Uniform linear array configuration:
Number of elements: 48
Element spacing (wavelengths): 0.5
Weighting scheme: exponential
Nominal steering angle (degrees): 15
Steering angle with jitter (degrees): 16.786
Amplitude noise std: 0.05
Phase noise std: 0.05

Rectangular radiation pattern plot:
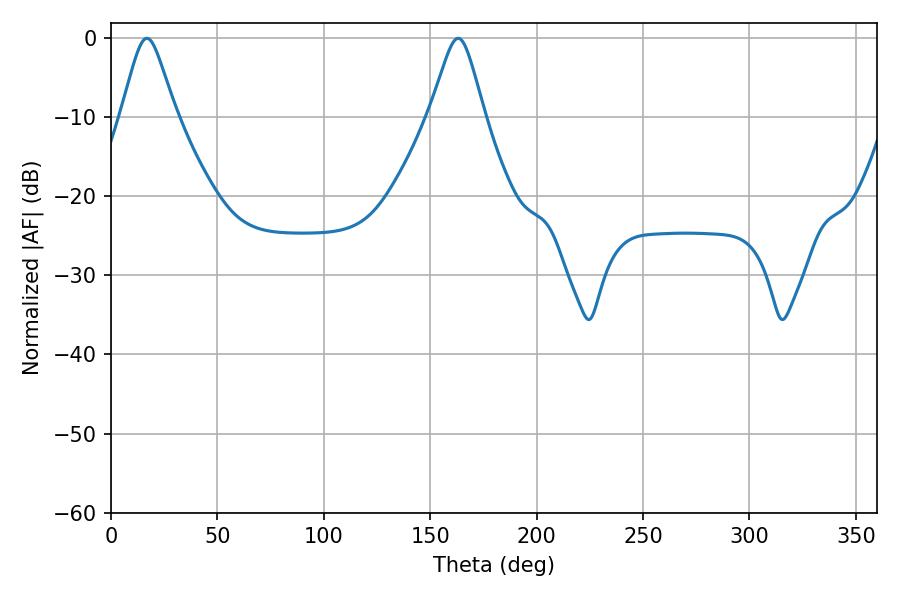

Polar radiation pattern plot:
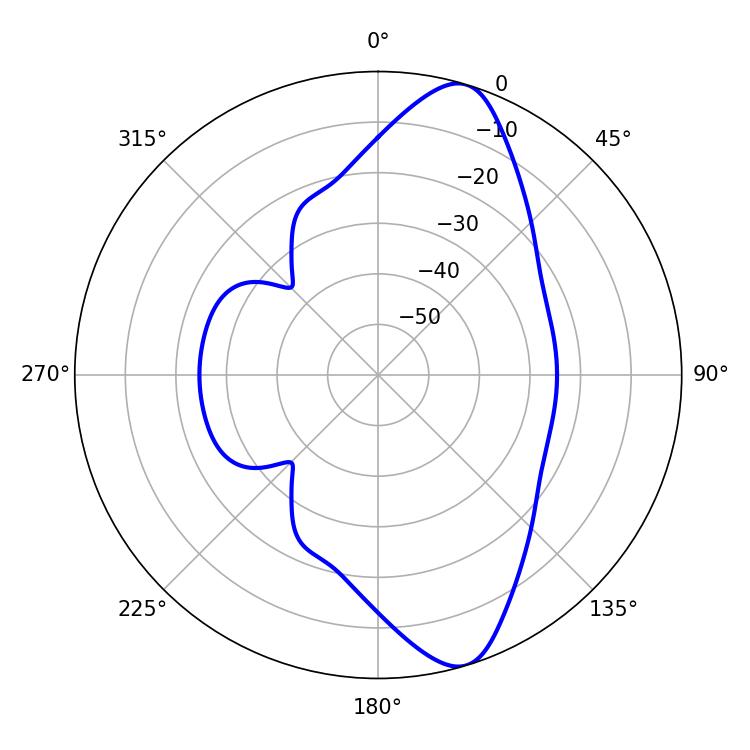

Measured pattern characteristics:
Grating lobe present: FALSE
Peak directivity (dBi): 10.982
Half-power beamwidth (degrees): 12.24
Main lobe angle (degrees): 16.92